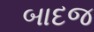
બાદજ